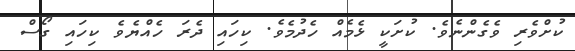
ކުށްވެރި ވެގެންނެވެ. ކުށަކީ ޅެމެއް ހެދުމެވެ. ކިހައި ދެރަ ހެއްޔެވެ ކިހައި ގޯސް